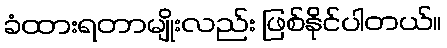
ခံထားရတာမျိုးလည်း ဖြစ်နိုင်ပါတယ်။